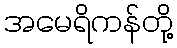
အမေရိကန်တို့